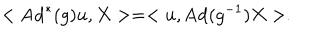
< \mathrm { A d } ^ { * } ( g ) u , X > = < u , \mathrm { A d } ( g ^ { - 1 } ) X > .